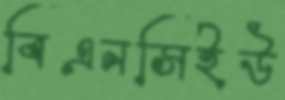
বিএনসিইউ